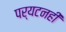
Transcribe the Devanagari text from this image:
पर्यटनही